Report on vaccination in the Province of Bengal - 1874-1889
Year: 1874
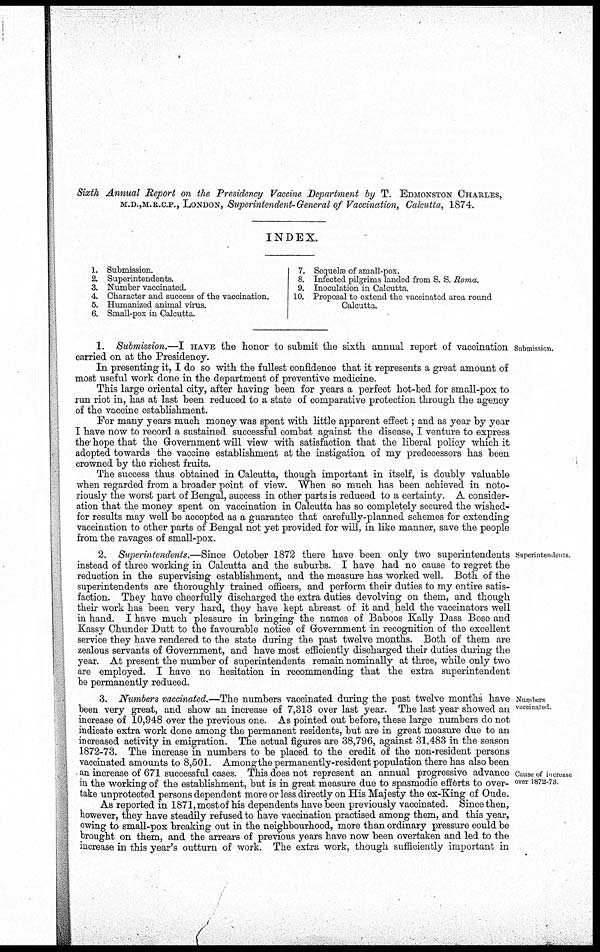
Sixth Annual Report on the Presidency Vaccine Department by T. EDMONSTON CHARLES,
M.D.,M.R.C.P., LONDON, Superintendent-General of Vaccination, Calcutta, 1874.
INDEX.
1. Submission.
2. Superintendents.
3. Number vaccinated.
4. Character and success of the vaccination.
5. Humanized animal virus.
6. Small-pox in Calcutta.
7. Sequelæ of small-pox.
8. Infected pilgrims landed from S. S. Roma.
9. Inoculation in Calcutta.
10. Proposal to extend the vaccinated area round
Calcutta.
Submission.
1. Submission.—I HAVE the honor to submit the sixth annual report of vaccination
carried on at the Presidency.
In presenting it, I do so with the fullest confidence that it represents a great amount of
most useful work done in the department of preventive medicine.
This large oriental city, after having been for years a perfect hot-bed for small-pox to
run riot in, has at last been reduced to a state of comparative protection through the agency
of the vaccine establishment.
For many years much money was spent with little apparent effect; and as year by year
I have now to record a sustained successful combat against the disease, I venture to express
the hope that the Government will view with satisfaction that the liberal policy which it
adopted towards the vaccine establishment at the instigation of my predecessors has been
crowned by the richest fruits.
The success thus obtained in Calcutta, though important in itself, is doubly valuable
when regarded from a broader point of view. When so much has been achieved in noto-
riously the worst part of Bengal, success in other parts is reduced to a certainty. A consider-
ation that the money spent on vaccination in Calcutta has so completely secured the wished-
for results may well be accepted as a guarantee that carefully-planned schemes for extending
vaccination to other parts of Bengal not yet provided for will, in like manner, save the people
from the ravages of small-pox.
Superintendents.
2. Superintendents.—Since October 1872 there have been only two superintendents
instead of three working in Calcutta and the suburbs. I have had no cause to regret the
reduction in the supervising establishment, and the measure has worked well. Both of the
superintendents are thoroughly trained officers, and perform their duties to my entire satis-
faction. They have cheerfully discharged the extra duties devolving on them, and though
their work has been very hard, they have kept abreast of it and,held the vaccinators well
in hand. I have much pleasure in bringing the names of Baboos Kally Dass Bose and
Kassy Chunder Dutt to the favourable notice of Government in recognition of the excellent
service they have rendered to the state during the past twelve months. Both of them are
zealous servants of Government, and have most efficiently discharged their duties during the
year. At present the number of superintendents remain nominally at three, while only two
are employed. I have no hesitation in recommending that the extra superintendent
be permanently reduced.
Numbers
vaccinated.
Cause of increase
over 1872-73
3. Numbers vaccinated.—The numbers vaccinated during the past twelve months have
been very great, and show an increase of 7,313 over last year. The last year showed an
increase of 10,948 over the previous one. As pointed out before, these large numbers do not
indicate extra work done among the permanent residents, but are in great measure due to an
increased activity in emigration. The actual figures are 38,796, against 31,483 in the season
1872-73. The increase in numbers to be placed to the credit of the non-resident persons
vaccinated amounts to 8,501. Amongthe permanently-resident population there has also been
an increase of 671 successful cases. This does not represent an annual progressive advance
in the working of the establishment, but is in great measure due to spasmodic efforts to over-
take unprotected persons dependent more or less directly on His Majesty the ex-King of Oude.
As reported in 1871, most of his dependents have been previously vaccinated. Since then,
however, they have steadily refused to have vaccination practised among them, and this year,
owing to small-pox breaking out in the neighbourhood, more than ordinary pressure could be
brought on them, and the arrears of previous years have now been overtaken and led to the
increase in this year's outturn of work. The extra work, though sufficiently important in